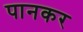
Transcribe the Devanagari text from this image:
पानकर